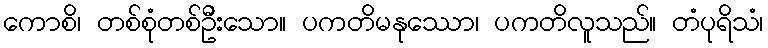
ကောစိ၊ တစ်စုံတစ်ဦးသော။ ပကတိမနုဿော၊ ပကတိလူသည်။ တံပုရိသံ၊